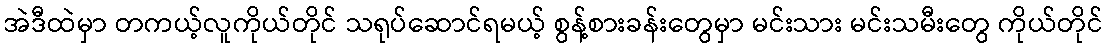
အဲဒီထဲမှာ တကယ့်လူကိုယ်တိုင် သရုပ်ဆောင်ရမယ့် စွန့်စားခန်းတွေမှာ မင်းသား မင်းသမီးတွေ ကိုယ်တိုင်